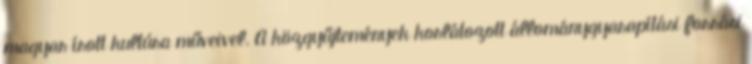
magyar írott kultúra műveivel. A közgyűjtemények korlátozott állománygyarapítási forrási